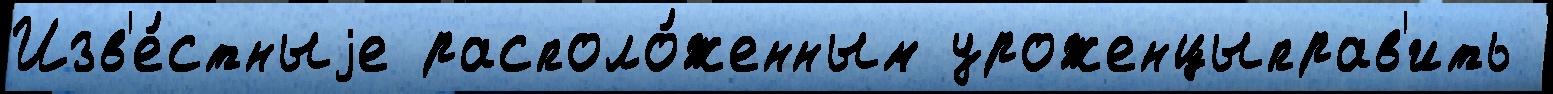
Изв'е́стныjе располо́женным уроженцыправ'ить